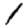
Digit: 1